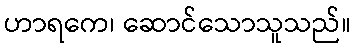
ဟာရကေ၊ ဆောင်သောသူသည်။